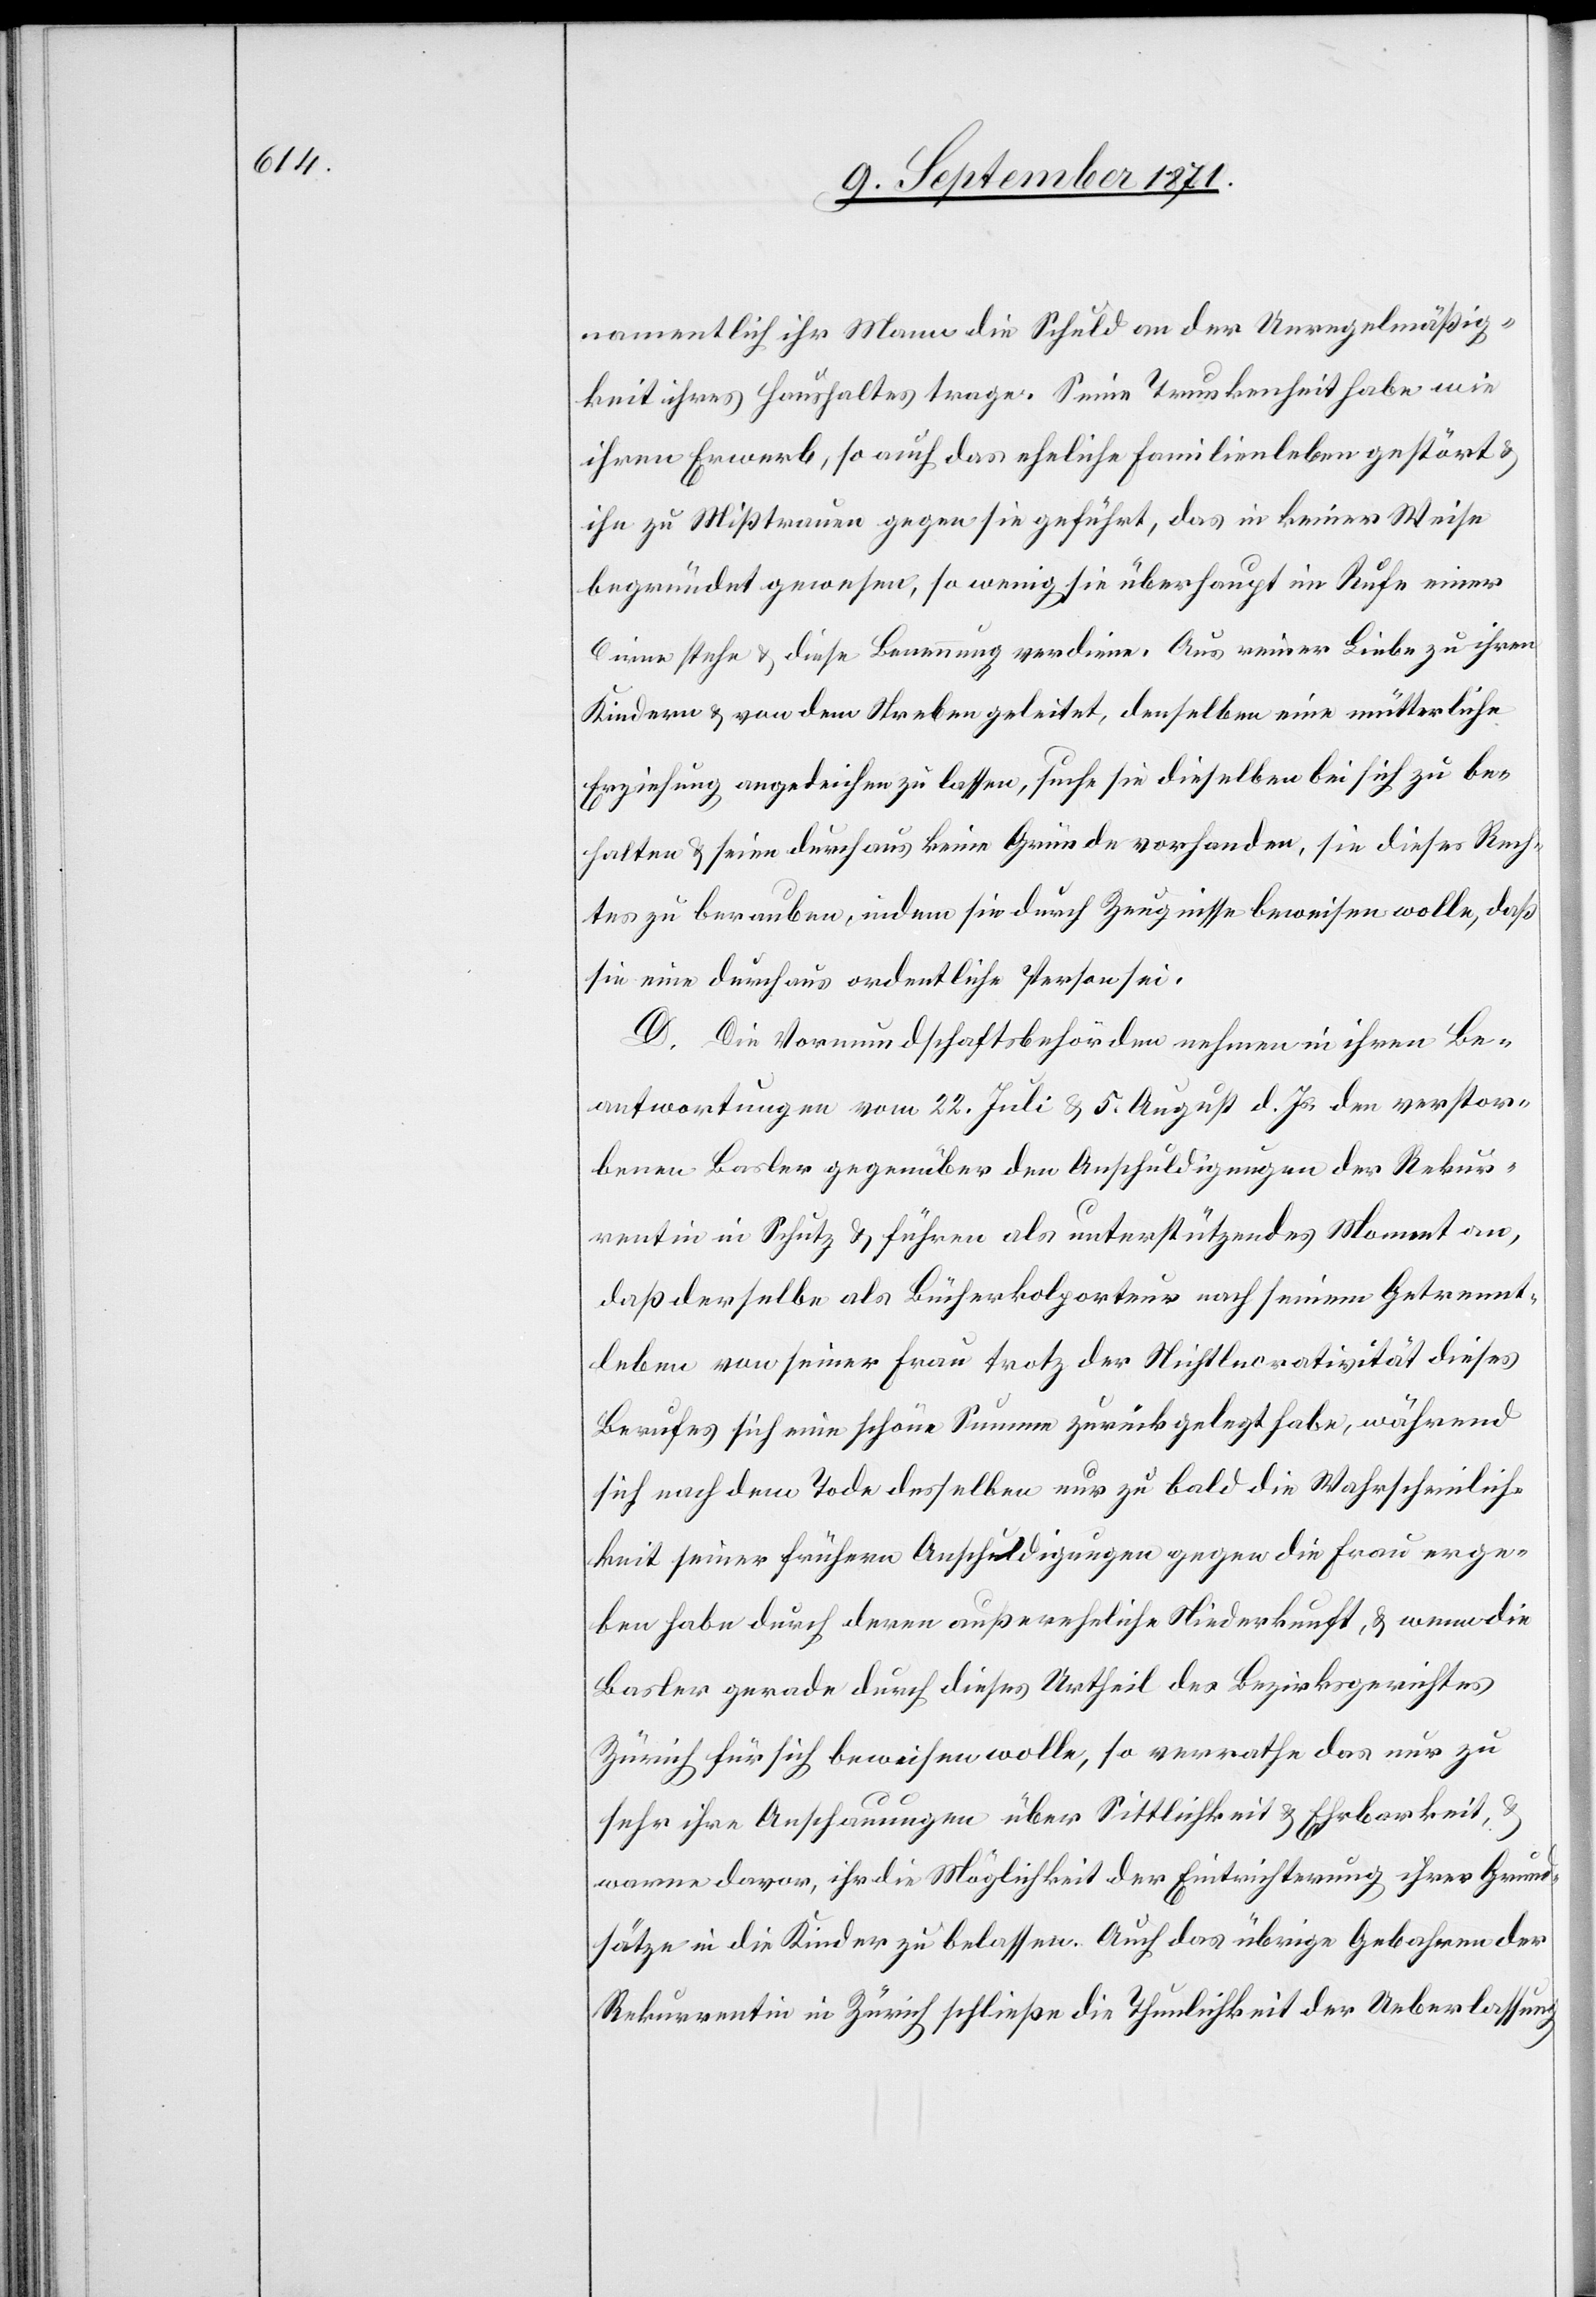
namentlich ihr Mann die Schuld an der Unregelmäßig¬
keit ihres Haushaltes trage. Seine Trunkenheit habe wie
ihren Erwerb, so auch das eheliche Familienleben gestört &
ihn zu Misstrauen gegen sie geführt, das in keiner Weise
begründet gewesen, so wenig sie überhaupt im Rufe einer
Dirne stehe & diese Benennung verdiene. Aus reiner Liebe zu ihren
Kindern & von dem Streben geleitet, denselben eine mütterliche
Erziehung angedeihen zu lassen, suche sie dieselben bei sich zu be¬
halten & seien durchaus keine Gründe vorhanden, sie dieses Rech¬
tes zu berauben, indem sie durch Zeugnisse beweisen wolle, daß
sie eine durchaus ordentliche Person sei.
D. Die Vormundschaftsbehörde nehme in ihren Be¬
antwortungen vom 22. Juli & 5. August d. Js. den verstor¬
benen Basler gegenüber den Anschuldigungen der Rekur¬
rentin in Schutz & führen als unterstützendes Moment an,
daß derselbe als Bücherkolporteur nach seinem Getrennt¬
leben von seiner Frau trotz der Nichtlucrativität dieses
Berufes sich eine schöne Summe zurückgelegt habe, während
sich nach dem Tode desselben nur zu bald die Wahrscheinlich¬
keit seiner frühern Anschuldigungen gegen die Frau erge¬
ben habe durch deren außereheliche Niederkunft, & wenn die
Basler gerade durch dieses Urtheil des Bezirksgerichtes
Zürich für sich beweisen wolle, so verrathe das nur zu
sehr ihre Anschauungen über Sittlichkeit & Ehrbarkeit,
warne davor, ihr die Möglichkeit der Eintrichterung ihrer Grund¬
sätze in die Kinder zu belassen. Auch das übrige Gebahren der
Rekurrentin in Zürich schließe die Thunlichkeit der Ueberlassung